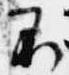
不